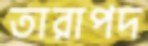
তারাপদ